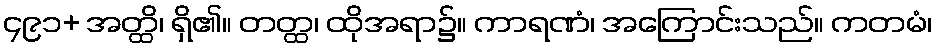
၄၉၁+ အတ္ထိ၊ ရှိ၏။ တတ္ထ၊ ထိုအရာ၌။ ကာရဏံ၊ အကြောင်းသည်။ ကတမံ၊